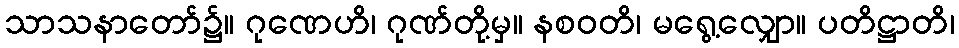
သာသနာတော်၌။ ဂုဏေဟိ၊ ဂုဏ်တို့မှ။ နစဝတိ၊ မရွေ့လျှော။ ပတိဋ္ဌာတိ၊